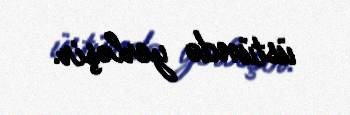
üstündə yerləşir.